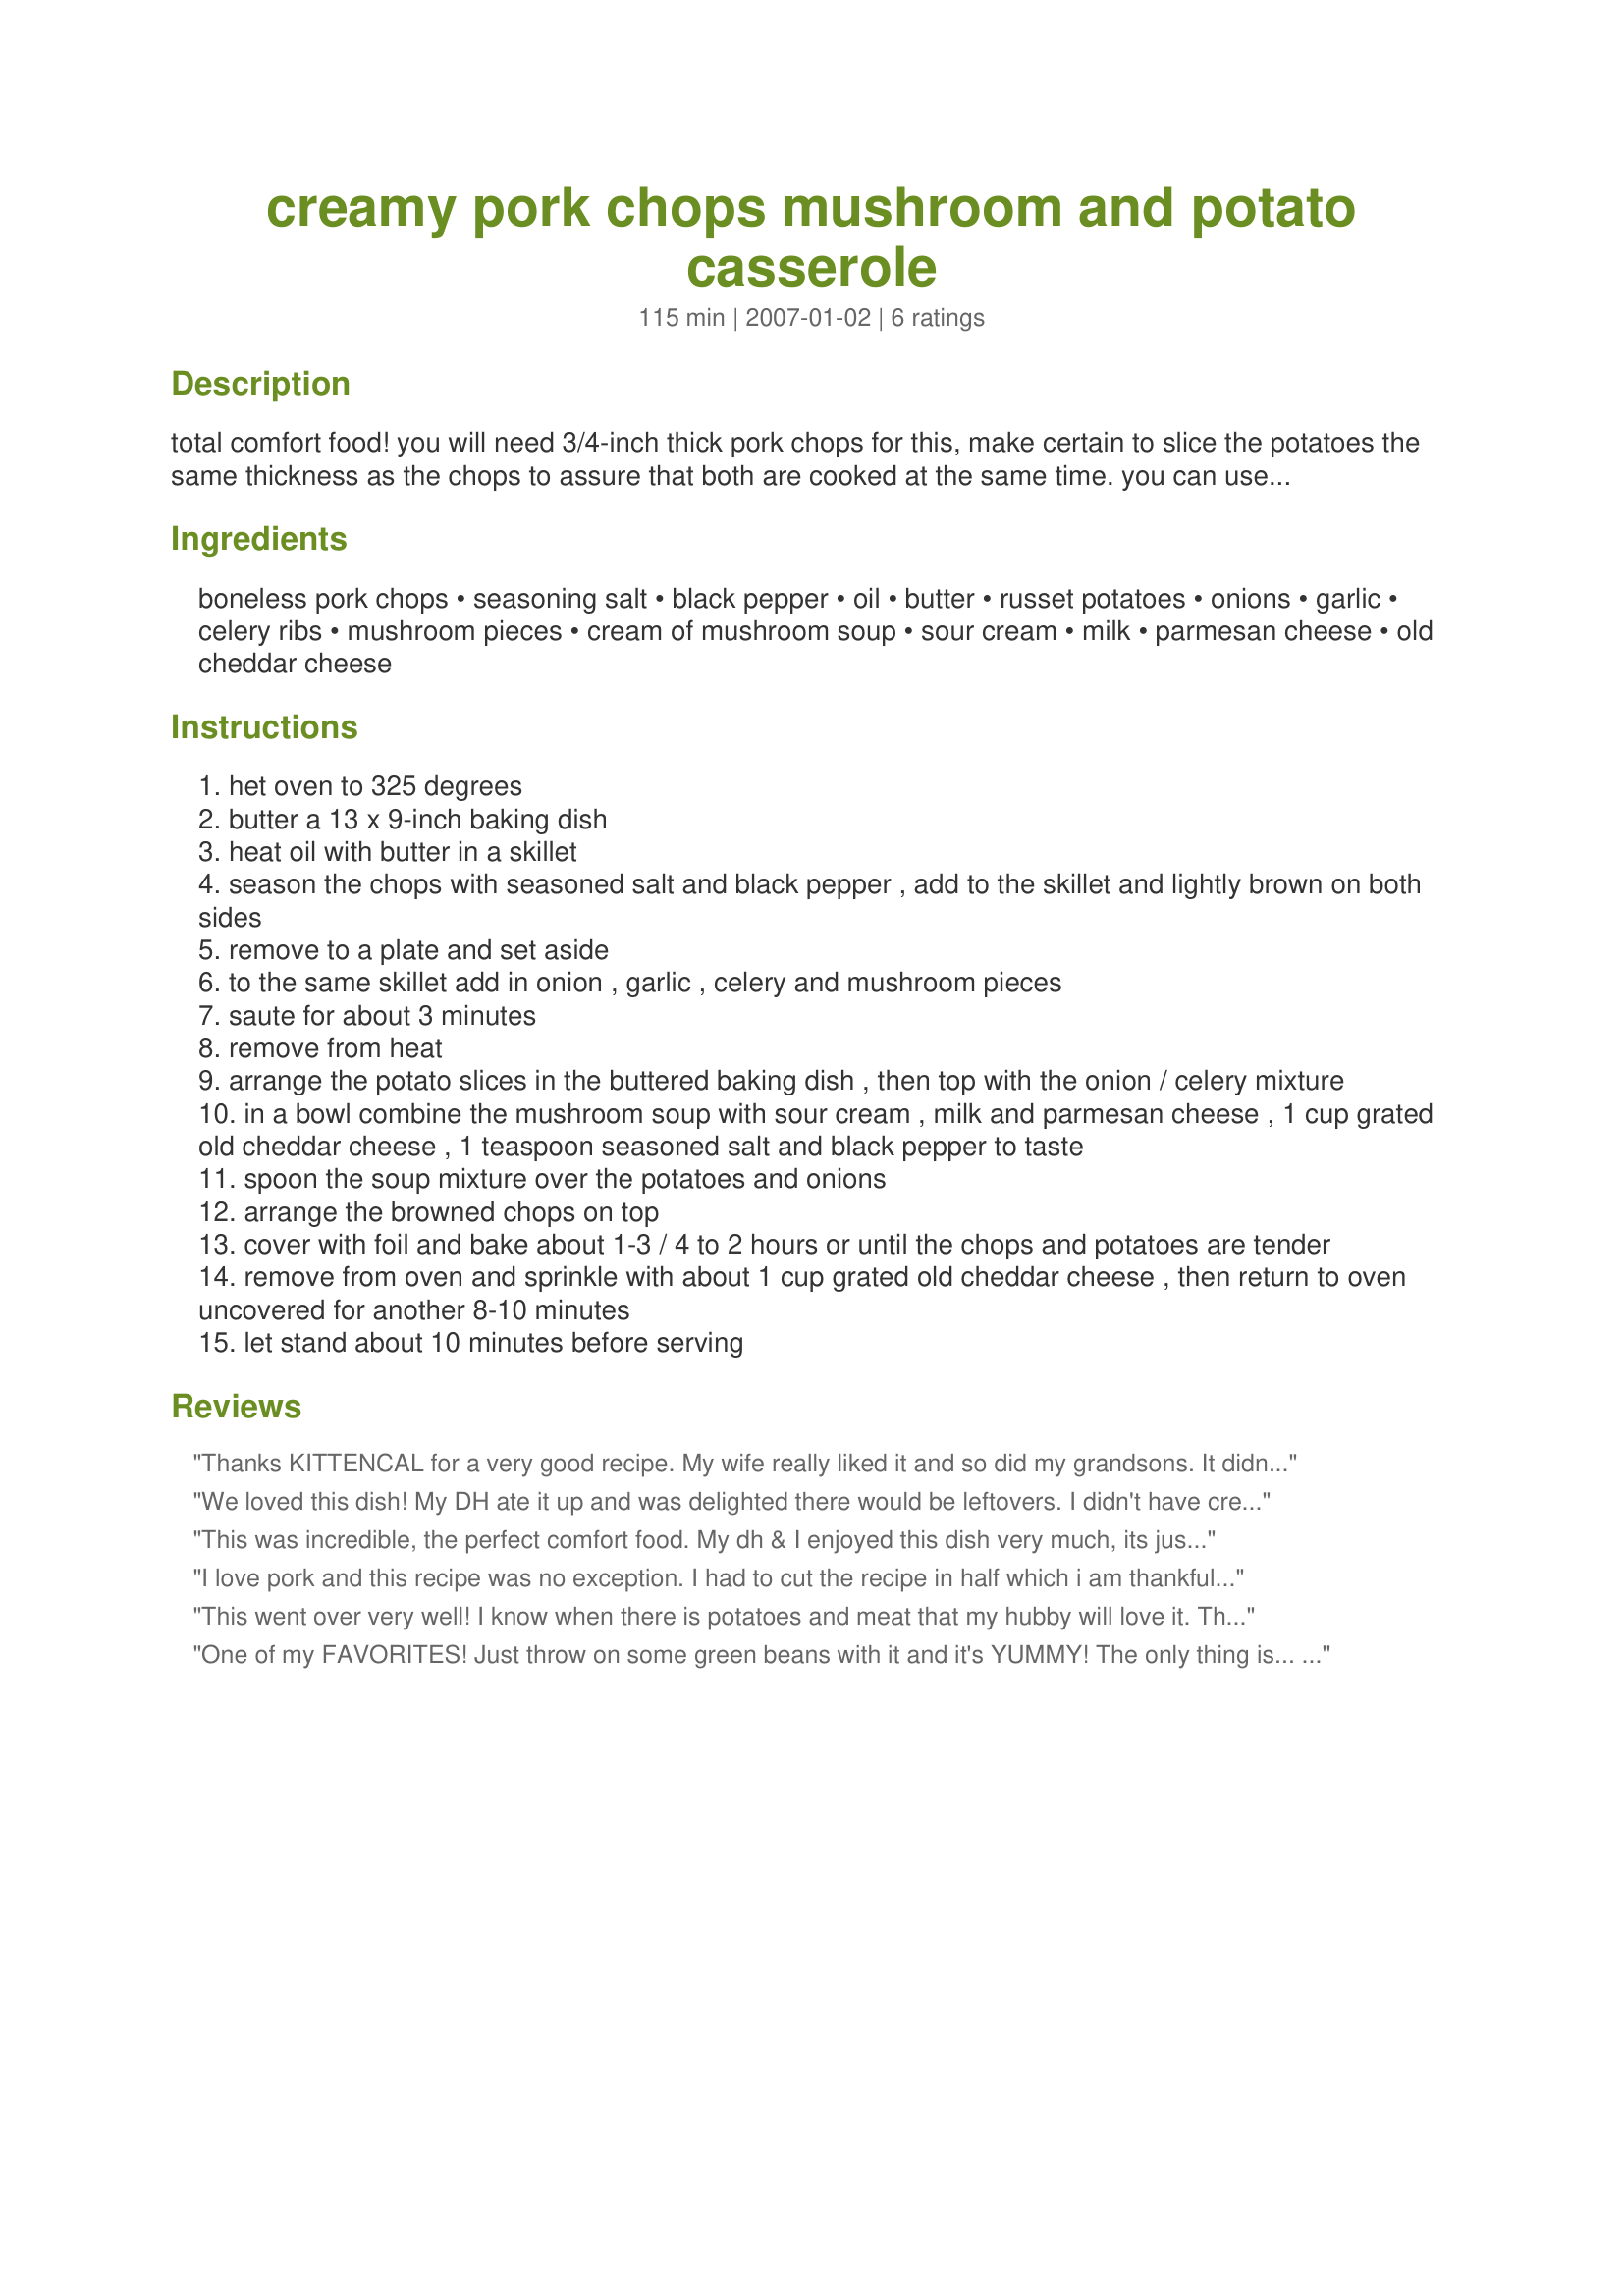
creamy pork chops mushroom and potato casserole
Preparation time: 115 minutes

total comfort food! you will need 3/4-inch thick pork chops for this, make certain to slice the potatoes the same thickness as the chops to assure that both are cooked at the same time. you can use fresh mushrooms instead of canned but they will need to be sauteed firstly to release their liquid. serve this with hot cooked buttered egg noodles and green beans!

Ingredients:
boneless pork chops, seasoning salt, black pepper, oil, butter, russet potatoes, onions, garlic, celery ribs, mushroom pieces, cream of mushroom soup, sour cream, milk, parmesan cheese, old cheddar cheese

Steps:
het oven to 325 degrees
butter a 13 x 9-inch baking dish
heat oil with butter in a skillet
season the chops with seasoned salt and black pepper , add to the skillet and lightly brown on both sides
remove to a plate and set aside
to the same skillet add in onion , garlic , celery and mushroom pieces
saute for about 3 minutes
remove from heat
arrange the potato slices in the buttered baking dish , then top with the onion / celery mixture
in a bowl combine the mushroom soup with sour cream , milk and parmesan cheese , 1 cup grated old cheddar cheese , 1 teaspoon seasoned salt and black pepper to taste
spoon the soup mixture over the potatoes and onions
arrange the browned chops on top
cover with foil and bake about 1-3 / 4 to 2 hours or until the chops and potatoes are tender
remove from oven and sprinkle with about 1 cup grated old cheddar cheese , then return to oven uncovered for another 8-10 minutes
let stand about 10 minutes before serving

Reviews:
Thanks KITTENCAL for a very good recipe. My wife really liked it and so did my grandsons. It didn't last long. Just served it by itself. For my part it could be "kicked up a notch" but I can add spices later. Thanks again and I will be making this again.
GemBob
We loved this dish! My DH ate it up and was delighted there would be leftovers. I didn't have cream of mushroom soup so I used one cream of celery and one cream of chicken and it was delicious. I also added a touch of dry mustard and some cayenne pepper to step 7. It didn't need the noodles - we ate it on its own merits :)
Thank you for a keeper recipe. Pure comfort food!
This was incredible, the perfect comfort food. My dh & I enjoyed this dish very much, its just wonderful. I was out of porkchops so I subed with pork tenderloin slices (3" thick). The meat was perfectly cooked, the potatoes were tender and flavourful, the mushrooms were full of flavour, while the sauce was rich, creamy, smooth and delicious. A repeat performer at our house. Into the keeper box this goes. Thanks for sharing yet another winner Kitten.
I love pork and this recipe was no exception. I had to cut the recipe in half which i am thankful because I couldn't stop eating it.
I added chopped bell beppers and celery seeds since I didnt have any celery, I would make this again. Thanks for posting Kittencal!!!
This went over very well! I know when there is potatoes and meat that my hubby will love it. The potatoes came out very creamy and tastey. The meat was a tad over cooked so next time I will add the meat during the last 30 mins. or so. I made this for a Friday night dinner thinking that it would be quick and easy. Well, it went together quickly and had I read the cooking time I probably would have waited for a weekend to make this, as dinner was not served until 9:00 or so. But what a yummy dinner it was! Ms. Carol I just can't go wrong with one of your recipes. Thank you for taking the time to post this delicous pork and potaoe recipe, that will grace my table again and again. Shirl
One of my FAVORITES! Just throw on some green beans with it and it's YUMMY! The only thing is... it does not smell well cold (left over the next day) at all but the left overs taste just as yummy once hot!
